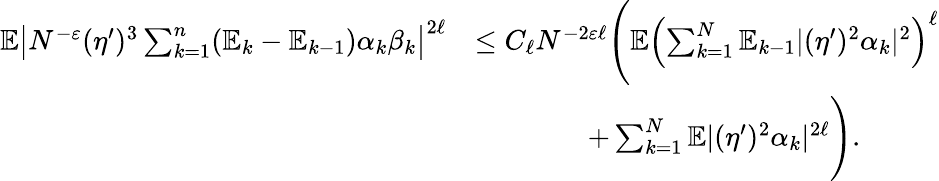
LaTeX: \begin{array}{rl}{\mathbb{E}\left|N^{-\varepsilon}(\eta^{\prime})^{3}\sum_{k=1}^{n}(\mathbb{E}_{k}-\mathbb{E}_{k-1})\alpha_{k}\beta_{k}\right|^{2\ell}}&{\leq C_{\ell}N^{-2\varepsilon\ell}\Bigg(\mathbb{E}\left(\sum_{k=1}^{N}\mathbb{E}_{k-1}|(\eta^{\prime})^{2}\alpha_{k}|^{2}\right)^{\ell}}\\ &{\qquad\qquad+\sum_{k=1}^{N}\mathbb{E}|(\eta^{\prime})^{2}\alpha_{k}|^{2\ell}\Bigg).}\end{array}